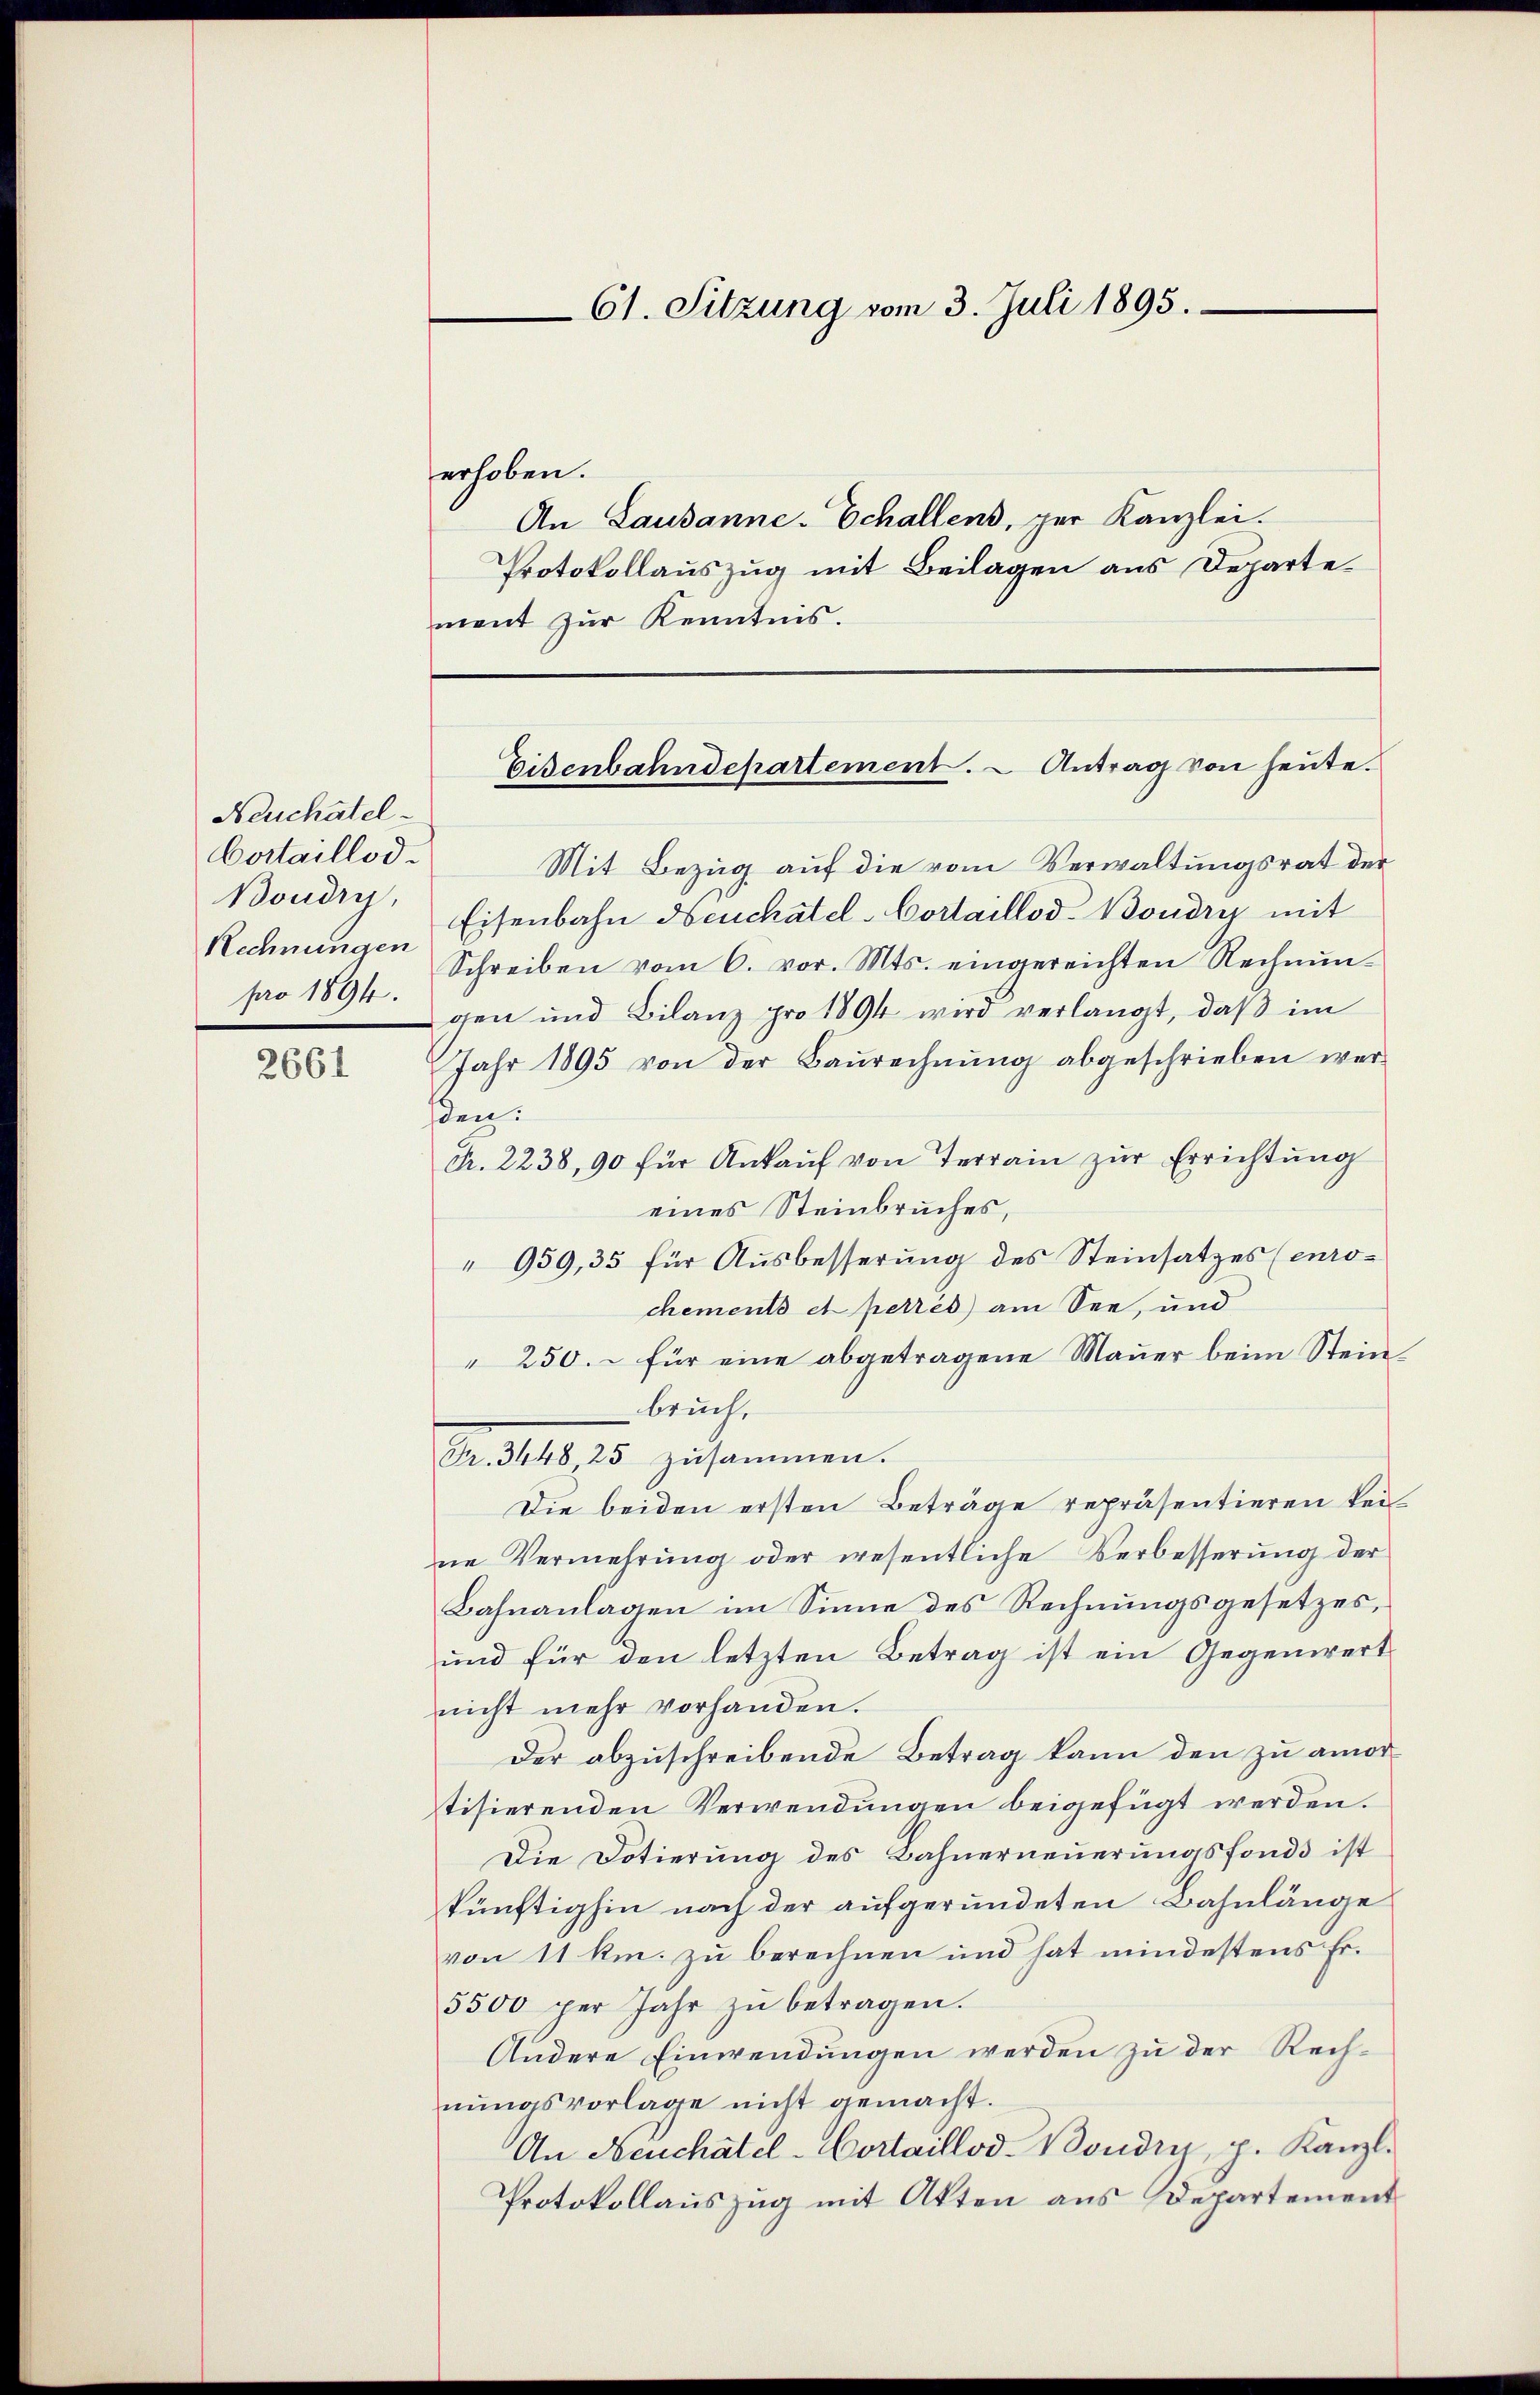
Neuchatel
Cortaillod.
Boudry,
Rechnungen
pro 1894.

2661

erhoben.
An Lausanne-Echallens, per Kanzlei.
Protokollauszug mit Beilagen aus Departement zur Kenntnis.

61. Sitzung vom 3. Juli 1895.

Eisenbahndepartement. Antrag von heute.

Mit Bezug auf die vom Verwaltungsrat der
Eisenbahn Neuchâtel-Cortaillod-Boudry mit
Schreiben vom 6. vor. Mts. eingereichten Rechnŭn-
gen und Bilanz pro 1894 wird verlangt, daβ im
Jahr 1895 von der Baŭrechnŭng abgeschrieben wer
den:
Fr. 2238, 90 für Ankaŭf von Terrain zŭr Errichtŭng
eines Steinbruches,
" 959, 35 für Ausbesserung des Steinsatzes (enochements et perrès) am See, und
250. – für eine abgetragene Mauer beim Steinbruch,
Fr. 3448 25 zusammen.
Die beiden ersten Beträge repräsentieren keine Vermehrung oder wesentliche Verbesserung der
Bahnanlagen im Sinne des Rechnungsgesetzes,
und für den letzten Betrag ist ein Gegenwert
nicht mehr vorhanden.
Der abzuschreibende Betrag kann den zu amortisierenden Verwendungen beigefügt werden.
Die Dotierung des Bahnerneuerungsfonds ist
künftighin nach der aufgeründeten Bahnlänge
von 11 km. zu berechnen und hat mindestens Er¬
5500 per Jahr zŭ betragen.
Andere Einwendungen werden zu der Rechnungsvorlage nicht gemacht.
An Neuchâtel-Cortaillod-Bondin, p. Kanzl.
Protokollauszug mit Akten aus Departement